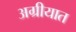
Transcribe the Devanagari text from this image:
अग्रीयात